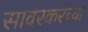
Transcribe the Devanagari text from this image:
सावरकरंच्या